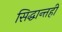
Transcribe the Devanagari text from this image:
सिद्धान्तही